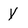
Character: Y